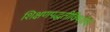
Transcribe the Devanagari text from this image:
शिक्षणपद्धतीविषयीचे